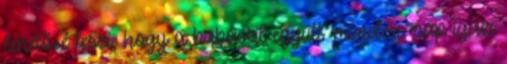
lehetővé teszi, hogy a babával együtt minden nap igazi